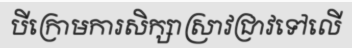
បីក្រោមការសិក្សាស្រាវជ្រាវទៅលើ